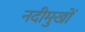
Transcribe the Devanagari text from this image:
नदीमुखों